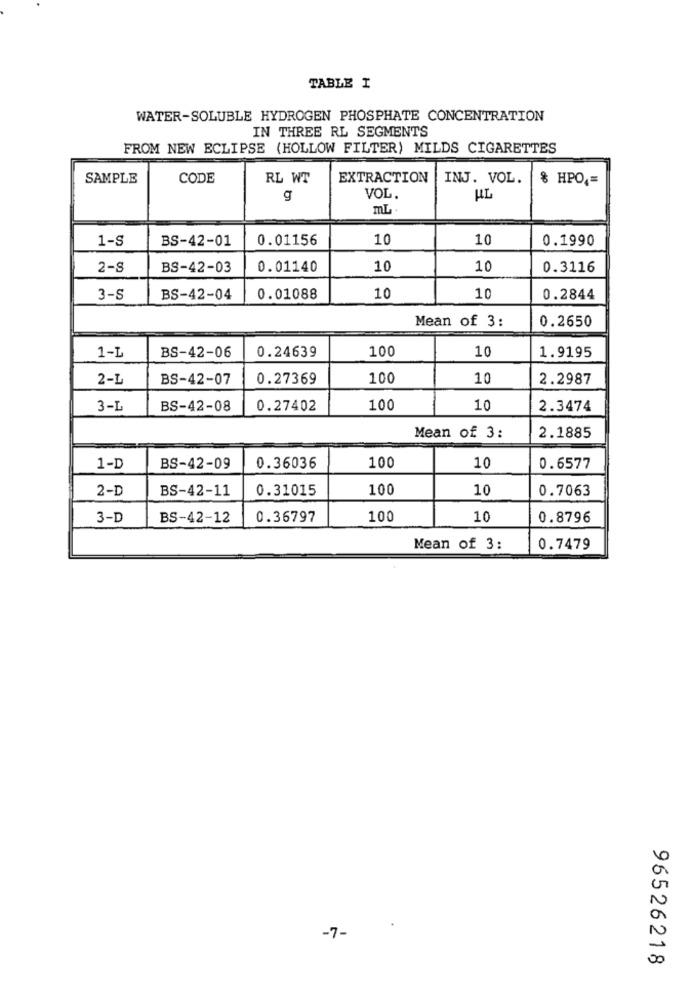
TABLE I
WATER-SOLUBLE HYDROGEN PHOSPHATE CONCENTRATION
IN THREE RL SEGMENTS
FROM NEW ECLIPSE (HOLLOW FILTER) MILDS CIGARETTES
SAMPLE
CODE
RL WT
EXTRACTION
INJ. VOL.
% HPO ,=
g
VOL.
mL
1-S
BS-42-01
0.01156
10
10
0.1990
2-S
BS-42-03
0.01140
10
10
0.3116
3-S
BS-42-04
0.01088
10
10
0.2844
Mean of 3:
0.2650
1-L
0.24639
100
10
BS-42-06
1.9195
2-L
BS-42-07
0.27369
100
10
2.2987
3-L
BS-42-08
0.27402
100
10
2.3474
Mean of 3:
2.1885
1-D
BS-42-09
0.36036
100
10
0.6577
2-D
BS-42-11
0.31015
100
10
0.7063
3-D
BS-42-12
0.36797
100
10
0.8796
Mean of 3:
0.7479
.
-7-
96526218